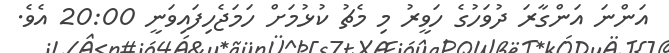
އަންނަ އަންގާރަ ދުވަހުގެ ހަވީރު މި މެޗު ކުޅުމަށް ހަމަޖެހިފައިވަނީ 20:00 އެވެ.